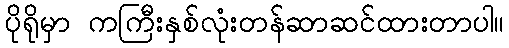
ပိုရိုမှာ ကကြီးနှစ်လုံးတန်ဆာဆင်ထားတာပါ။